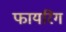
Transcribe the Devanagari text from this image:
फायरिग